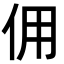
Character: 佣